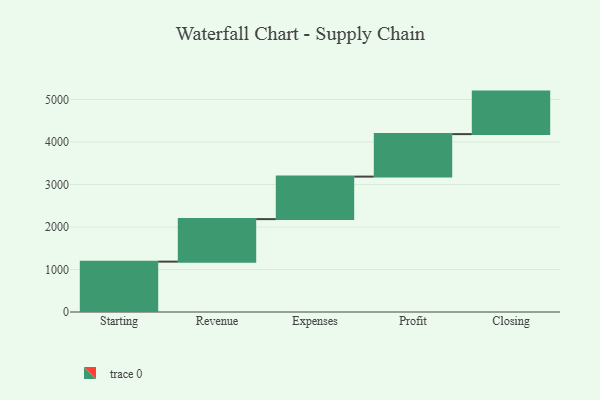
{"axis": {"x": "Step", "y": "Value"}, "legend": [""], "data": [{"x": "Starting", "y": 1185.0, "type": ""}, {"x": "Revenue", "y": 1000, "type": ""}, {"x": "Expenses", "y": 1000, "type": ""}, {"x": "Profit", "y": 1000, "type": ""}, {"x": "Closing", "y": 1000, "type": ""}]}